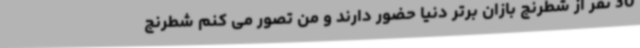
30 نفر از شطرنج بازان برتر دنیا حضور دارند و من تصور می کنم شطرنج